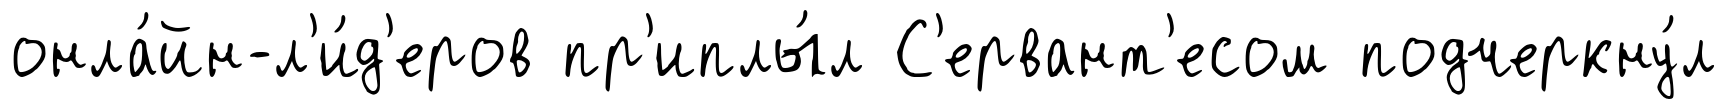
онла́йн-л'и́д'еров пр'иплы́л С'ервант'есом подчеркну́л